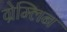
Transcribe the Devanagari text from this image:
ग्रेम्लिन